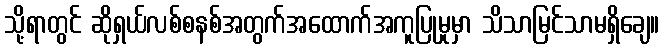
သို့ရာတွင် ဆိုရှယ်လစ်စနစ်အတွက်အထောက်အကူပြုမှုမှာ သိသာမြင်သာမရှိချေ။